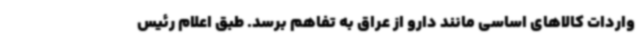
واردات کالاهای اساسی مانند دارو از عراق به تفاهم برسد. طبق اعلام رئیس